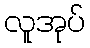
လူအုပ်